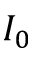
I _ { 0 }